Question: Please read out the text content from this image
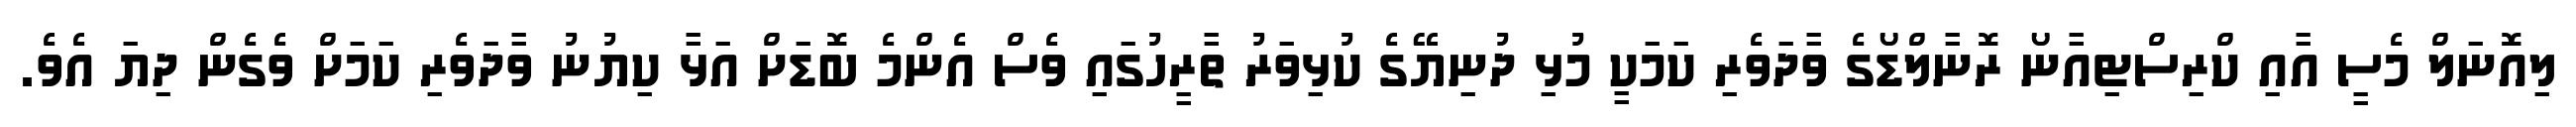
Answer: ލިއޮނަލް މެސީ އާއި ކްރިސްޓިއާނޯ ރޮނާލްޑޯގެ ވާދަވެރި ކަމަކީ މުޅި ދުނިޔޭގެ ކުޅިވަރު ތާރީހުގައި ވެސް އެންމެ ބޮޑަށް އަޅާ ކިޔުނު ވާދަވެރި ކަމަށް ވެގެން ދިޔަ އެވެ.